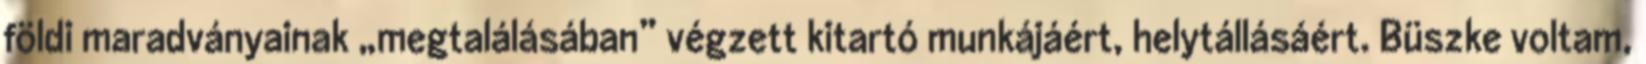
földi maradványainak „megtalálásában” végzett ki­tartó munkájáért, helytállásáért. Büszke voltam,